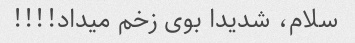
سلام، شدیدا بوی زخم میداد!!!!